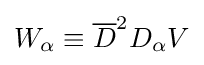
W_{\alpha }\equiv {\overline {D}}^{2}D_{\alpha }V